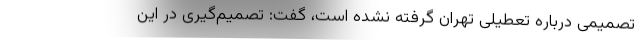
تصمیمی درباره تعطیلی تهران گرفته نشده است، گفت: تصمیم‌گیری در این